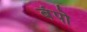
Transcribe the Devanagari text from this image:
बंपो